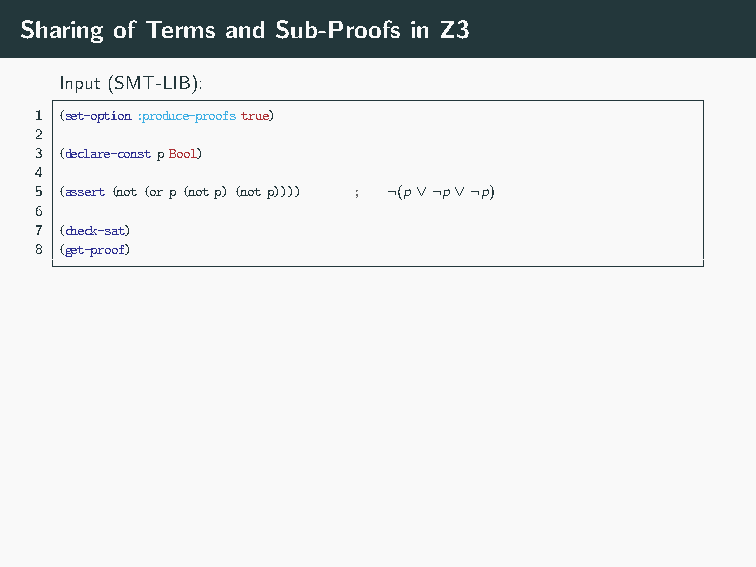
Output with sharing: Output “un-shared”:
 1 unsat            1 unsat
 2 (let((a!1(notp))) 2 (unit-resolution
 3 (let((a!2(orpa!1a!1))) 3 (not-or-elim
 4 (let((a!3(nota!2))) 4    (asserted(not(orp(notp)(notp))))
 5 (let((a!4(asserteda!3))) 5 (notp))
 6 (let((a!5(not-or-elima!4a!1)) 6 (not-or-elim
 7   (a!6(not-or-elima!4p))) 7 (asserted(not(orp(notp)(notp))))
 8 (unit-resolutiona!5a!6false)))))) 8 p)
 9     false)
 Sharing of Terms and Sub-Proofs in Z3
 Input (SMT-LIB):
 1 (set-option:produce-proofstrue)
 2
 3 (declare-constpBool)
 4
 5 (assert(not(orp(notp)(notp)))) ; ¬(p∨¬p∨¬p)
 6
 7 (check-sat)
 8 (get-proof)